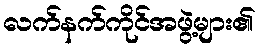
လက်နက်ကိုင်အဖွဲ့များ၏